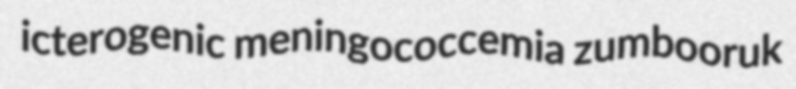
icterogenic meningococcemia zumbooruk